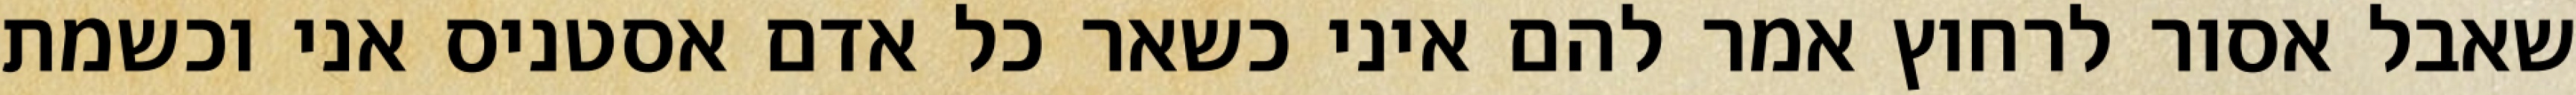
שאבל אסור לרחוץ אמר להם איני כשאר כל אדם אסטניס אני וכשמת